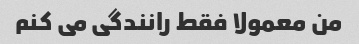
من معمولا فقط رانندگی می کنم